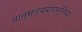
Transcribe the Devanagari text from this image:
वात्सल्यवारान्निधे।